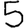
Digit: 5